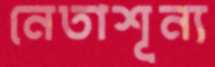
নেতাশূন্য